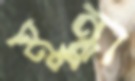
মুন্ধ্রা